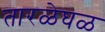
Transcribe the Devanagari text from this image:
तारळेघळ